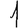
Digit: 1